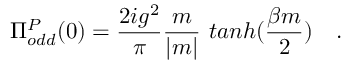
\Pi _ { o d d } ^ { P } ( 0 ) = \frac { 2 i g ^ { 2 } } { \pi } \frac { m } { | m | } ~ t a n h ( \frac { \beta m } { 2 } ) ~ ~ ~ .